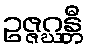
ဥဇ္ဇဂ္ဃန္တီ